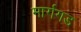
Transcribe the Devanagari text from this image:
मार्गगड